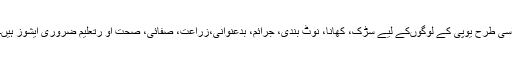
اسی طرح یوپی کے لوگوںکے لیے سڑک، کھانا، نوٹ بندی، جرائم، بدعنوانی،زراعت، صفائی، صحت او رتعلیم ضروری ایشوز ہیں۔